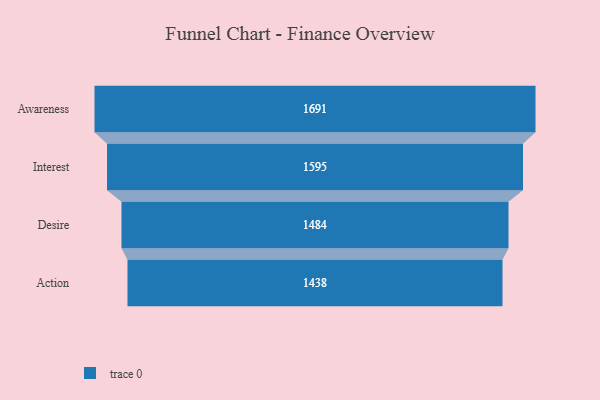
{"axis": {"x": "Stage", "y": "Value"}, "legend": [""], "data": [{"x": "Awareness", "y": 1691.0, "type": ""}, {"x": "Interest", "y": 1595.0, "type": ""}, {"x": "Desire", "y": 1484.0, "type": ""}, {"x": "Action", "y": 1438.0, "type": ""}]}